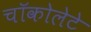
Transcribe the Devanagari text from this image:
चॉकोलेटे